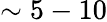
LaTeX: \sim 5-10